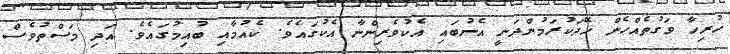
ހުރިހާ ވަގުތެއްހެން ހޭދަކުރަމުންދަނީ އެނުބައި އެކުވެރިންނާ އެކުގައެވެ. ކެއުމާއި ބުއިމުގައެވެ. އަދި މަސްތުވެސް